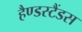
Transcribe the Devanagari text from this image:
हैण्डस्टैंडस